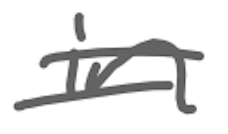
Text: in
Cross-out: double-line
Writing tool: digital_gray